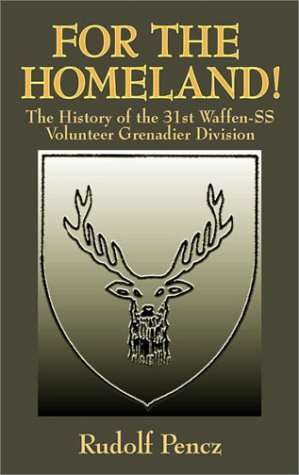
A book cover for For the Homeland: The History of the 31st Waffen-SS Volunteer Grenadier Division; Rudolf Pencz; History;